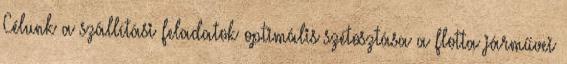
Célunk a szállítási feladatok optimális szétosztása a flotta járművei